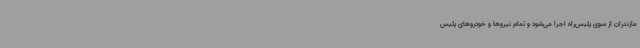
مازندران از سوی پلیس‌راه اجرا می‌شود و تمام نیروها و خودروهای پلیس